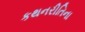
કથનરીતિના